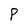
Character: P